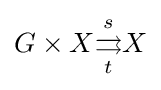
G\times X{\underset {t}{\overset {s}{\rightrightarrows }}}{}X